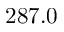
2 8 7 . 0